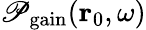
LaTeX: \mathscr{P}_{\mathrm{{gain}}}(\mathbf{{r}}_{0},\omega)